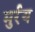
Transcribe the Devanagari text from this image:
मुर्रय